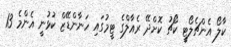
ކާލޯ އެންޗެލޯޓީ ކޯޗު ކޮށްދޭ ރެއާލްގެ ޓީމުގައި ހަނާންޑޭޒް ކުޅުނީ އެންމެ 13